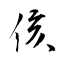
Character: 侅